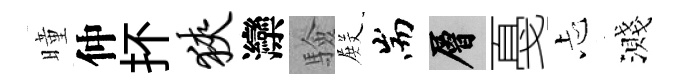
曈仲抔狭灤驗𭮺耑層戞忐濺